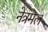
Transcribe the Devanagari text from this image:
नेत्रमल